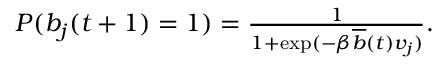
\begin{array} { r } { P ( b _ { j } ( t + 1 ) = 1 ) = \frac { 1 } { 1 + \exp ( - \beta \overline { { b } } ( t ) v _ { j } ) } . } \end{array}